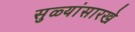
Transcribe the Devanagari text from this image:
सुळ्यांसारखे